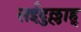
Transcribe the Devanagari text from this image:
सईदुल्लाह्